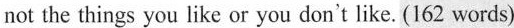
not the things you like or you don't like. (162 words)